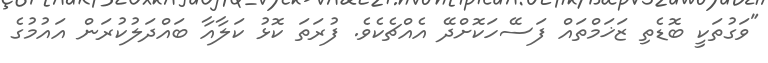
"ވަގުތަކީ ބޮޑެތި ޒަޚަމްތައް ފަސޭހަކޮށްދޭ އެއްޗެކެވެ. ފުރަތަ ކޮޅު ކަލާއާ ބައްދަލުކުރަން އައުމުގެ